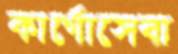
কার্গোসেবা